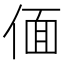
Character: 偭